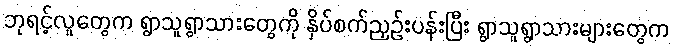
ဘုရင့်လူတွေက ရွာသူရွာသားတွေကို နှိပ်စက်ညှဉ်းပန်းပြီး ရွာသူရွာသားများတွေက